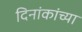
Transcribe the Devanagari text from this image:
दिनांकांच्या